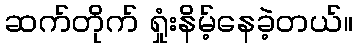
ဆက်တိုက် ရှုံးနိမ့်နေခဲ့တယ်။